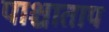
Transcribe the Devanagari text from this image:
पाश्चाताप